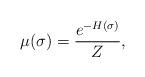
LaTeX: \begin{align*}\mu(\sigma) =\frac{e^{-H(\sigma)}}{Z},\end{align*}